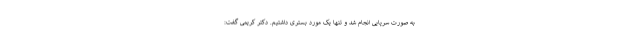
به صورت سرپایی انجام شد و تنها یک مورد بستری داشتیم. دکتر کریمی گفت: